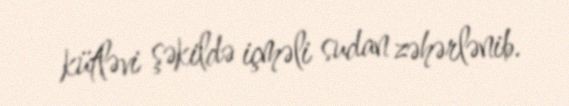
kütləvi şəkildə içməli sudan zəhərlənib.